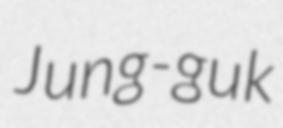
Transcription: Jung-guk